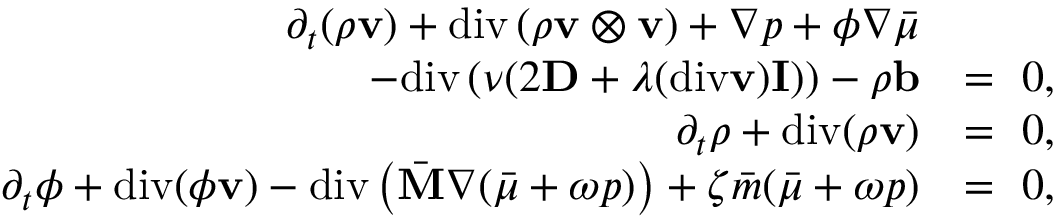
\begin{array} { r l } { \partial _ { t } ( \rho \mathbf { v } ) + \mathrm { d i v } \left( \rho \mathbf { v } \otimes \mathbf { v } \right) + \nabla p + \phi \nabla \bar { \mu } } & { } \\ { - \mathrm { d i v } \left( \nu ( 2 \mathbf { D } + \lambda ( \mathrm { d i v } \mathbf { v } ) \mathbf { I } ) \right) - \rho \mathbf { b } } & { = ~ 0 , } \\ { \partial _ { t } \rho + \mathrm { d i v } ( \rho \mathbf { v } ) } & { = ~ 0 , } \\ { \partial _ { t } \phi + \mathrm { d i v } ( \phi \mathbf { v } ) - \mathrm { d i v } \left( \bar { \mathbf { M } } \nabla ( \bar { \mu } + \omega p ) \right) + \zeta \bar { m } ( \bar { \mu } + \omega p ) } & { = ~ 0 , } \end{array}